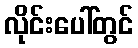
လိုင်းပေါ်တွင်